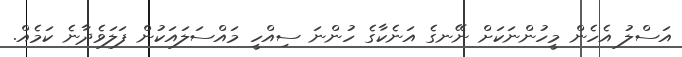
އަސްލު އެހެން މީހުންނަކަށް ނޭނގެ އަނެކާގެ ހުންނަ ސިއްހީ މައްސަލައަކުން ފަލަވެދާނެ ކަމެއް.